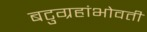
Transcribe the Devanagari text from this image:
बटुग्रहांभोवती